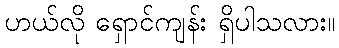
ဟယ်လို ရှောင်ကျန်း ရှိပါသလား။